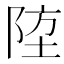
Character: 𨹛